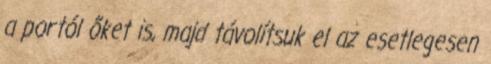
a portól őket is, majd távolítsuk el az esetlegesen